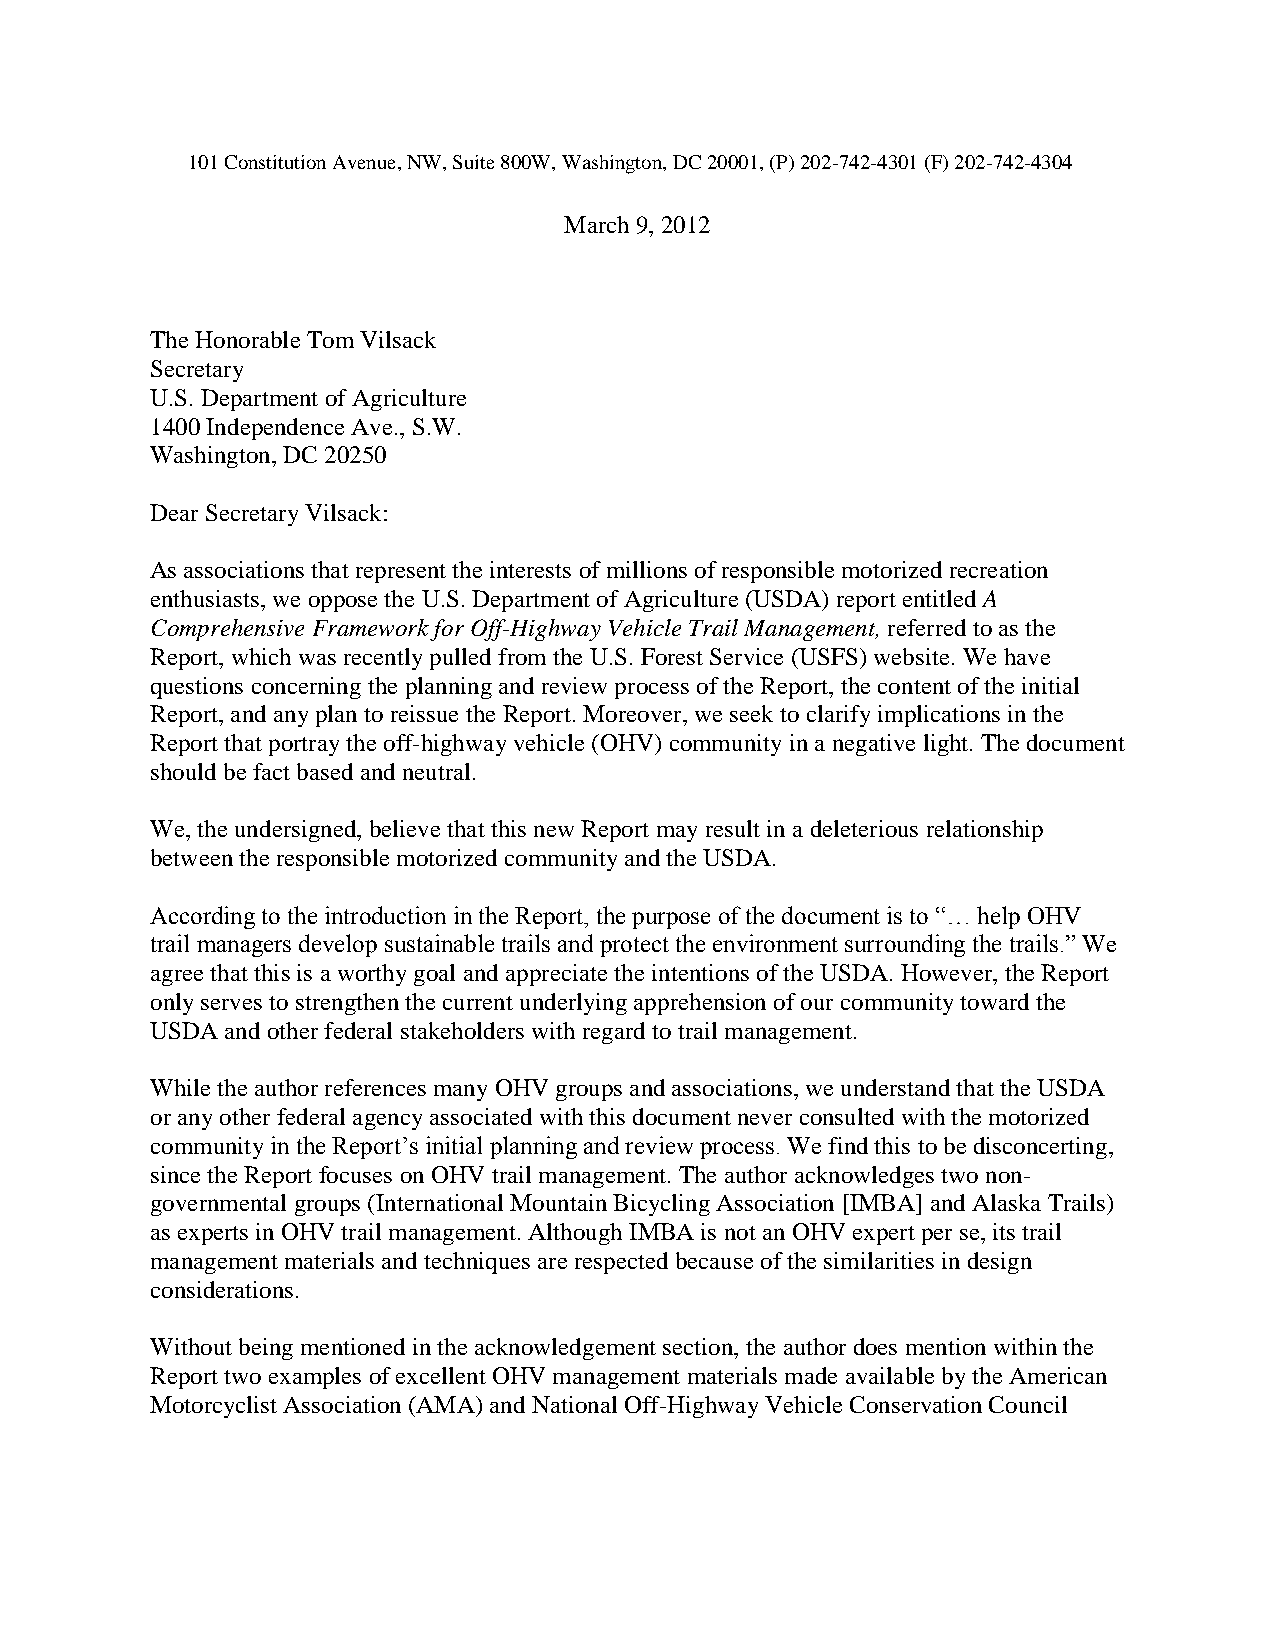
101 Constitution Avenue, NW, Suite 800W, Washington, DC 20001, (P) 202-742-4301 (F) 202-742-4304
 March 9, 2012
 The Honorable Tom Vilsack
 Secretary
 U.S. Department of Agriculture
 1400 Independence Ave., S.W.
 Washington, DC 20250
 Dear Secretary Vilsack:
 As associations that represent the interests of millions of responsible motorized recreation
 enthusiasts, we oppose the U.S. Department of Agriculture (USDA) report entitled A
 Comprehensive Framework for Off-Highway Vehicle Trail Management, referred to as the
 Report, which was recently pulled from the U.S. Forest Service (USFS) website. We have
 questions concerning the planning and review process of the Report, the content of the initial
 Report, and any plan to reissue the Report. Moreover, we seek to clarify implications in the
 Report that portray the off-highway vehicle (OHV) community in a negative light. The document
 should be fact based and neutral.
 We, the undersigned, believe that this new Report may result in a deleterious relationship
 between the responsible motorized community and the USDA.
 According to the introduction in the Report, the purpose of the document is to “… help OHV
 trail managers develop sustainable trails and protect the environment surrounding the trails.” We
 agree that this is a worthy goal and appreciate the intentions of the USDA. However, the Report
 only serves to strengthen the current underlying apprehension of our community toward the
 USDA and other federal stakeholders with regard to trail management.
 While the author references many OHV groups and associations, we understand that the USDA
 or any other federal agency associated with this document never consulted with the motorized
 community in the Report’s initial planning and review process. We find this to be disconcerting,
 since the Report focuses on OHV trail management. The author acknowledges two non-
 governmental groups (International Mountain Bicycling Association [IMBA] and Alaska Trails)
 as experts in OHV trail management. Although IMBA is not an OHV expert per se, its trail
 management materials and techniques are respected because of the similarities in design
 considerations.
 Without being mentioned in the acknowledgement section, the author does mention within the
 Report two examples of excellent OHV management materials made available by the American
 Motorcyclist Association (AMA) and National Off-Highway Vehicle Conservation Council